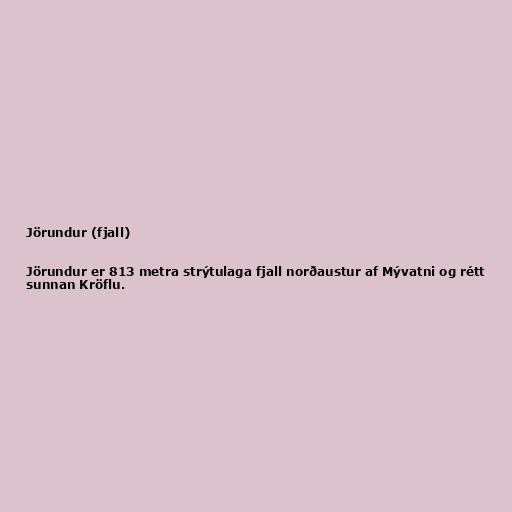
Jörundur (fjall)

Jörundur er 813 metra strýtulaga fjall norðaustur af Mývatni og rétt
sunnan Kröflu.